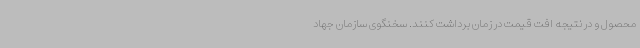
محصول و در نتیجه افت قیمت در زمان برداشت کنند. سخنگوی سازمان جهاد